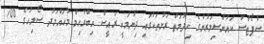
ސްޕޯޓްސް ކައުންސިލަރުންގެ ހިދުމަތް ރަށްތަކުގައި ދިނުމަކީ ރައީސް އިބްރާހިމް މުހައްމަދު ސޯލިހުގެ 100